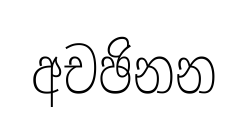
අචඡිනන